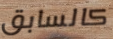
كالسابق